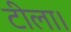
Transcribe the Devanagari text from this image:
टीला।